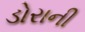
ડોરાની